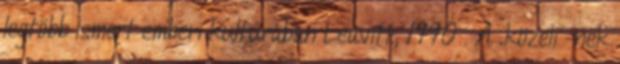
legtöbb ismert emberi kultúrában Leavitt, 1990 . A „közeli”-nek